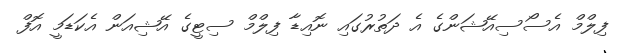
ފިލްމް އެސޯސިއޭޝަންގެ އެ ދަތުރުގައި ނޮއިޑާ ފިލްމް ސިޓީގެ އޭޝިއަން އެކަޑަމީ އޮފް